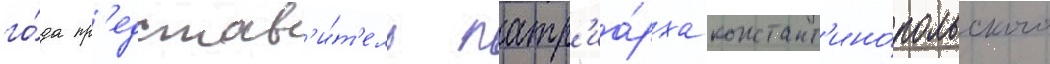
го́да пр'едстав'и́т'ель патр'иа́рха констант'ино́польского